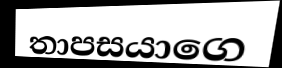
තාපසයාගෙ